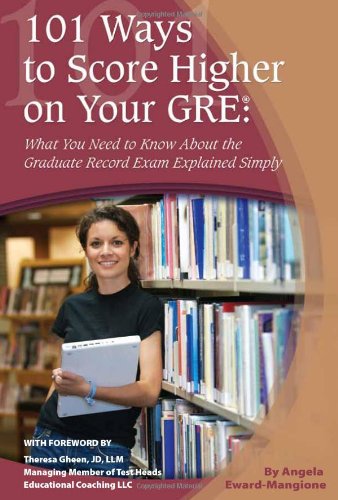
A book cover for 101 Ways to Score Higher on Your GRE: What You Need to Know About Your Graduate Record Exam Explained Simply; Angela Eward-Mangione; Test Preparation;